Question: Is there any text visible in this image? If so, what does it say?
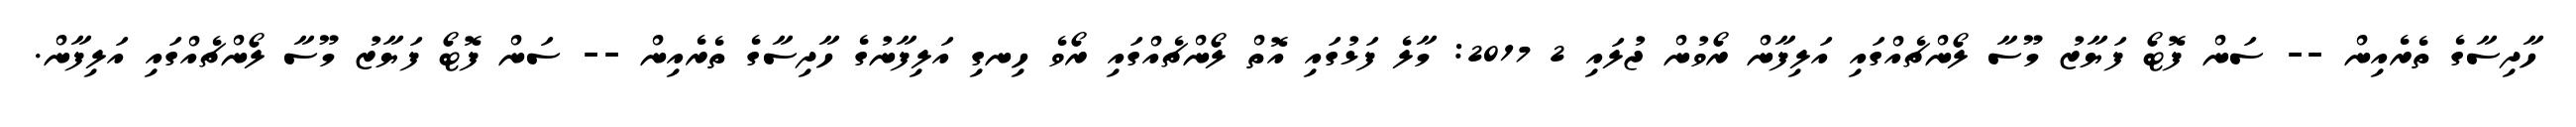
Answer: ހާދިސާގެ ތެރެއިން -- ސަން ފޮޓޯ ފަޔާޒު މޫސާ ލޯންޗެއްގައި އަލިފާން ރޯވުން ޖުލައި 2 2017: މާލެ ފަޅުގައި އޮތް ލޯންޗެއްގައި ރޯވެ ހިނގި އަލިފާނުގެ ހާދިސާގެ ތެރެއިން -- ސަން ފޮޓޯ ފަޔާޒު މޫސާ ލޯންޗެއްގައި އަލިފާން.